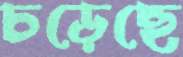
চড়েছে